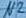
Text: N2